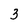
Character: 3